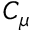
C _ { \mu }